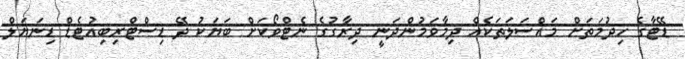
ޑޭޓާގެ ހިދުމަތަށް މައްސަލަތަކެއް ދިމާވަމުންދަނީ ދިރާގުގެ ނެޓްވޯކަށް ބަޔަކު ދޭ ޑިސްޓްރިބިއުޓެޑް ޑިނަޔަލް